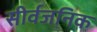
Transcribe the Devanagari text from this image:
सीर्वजनिक